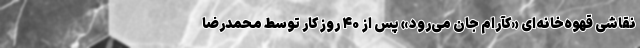
نقاشی قهوه‌خانه‌ای «کآرام جان می‌رود» پس از ۴۰ روز کار توسط محمدرضا